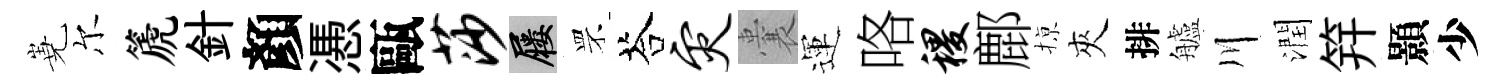
嶤尔篪針顏慿甌莎屨罘荅灾囊運咯稷鄜𢱊夾排艫川潤笄顥少